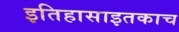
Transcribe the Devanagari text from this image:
इतिहासाइतकाच